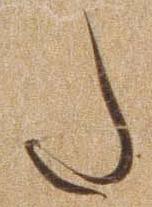
た